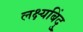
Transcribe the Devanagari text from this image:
लक्ष्यबिंदु